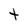
Character: t